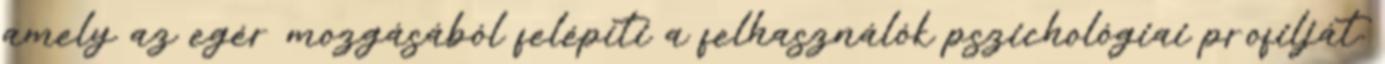
amely az egér mozgásából felépíti a felhasználók pszichológiai profilját.